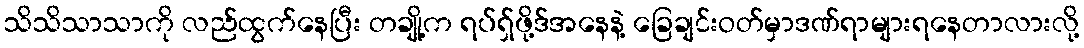
သိသိသာသာကို လည်ထွက်နေပြီး တချို့က ရပ်ရှ်ဖို့ဒ်အနေနဲ့ ခြေချင်းဝတ်မှာဒဏ်ရာများရနေတာလားလို့